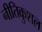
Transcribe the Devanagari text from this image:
नीतिकुशल